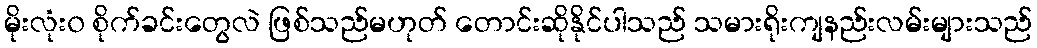
မိုးလုံး၀ စိုက်ခင်းတွေလဲ ဖြစ်သည်မဟုတ် တောင်းဆိုနိုင်ပါသည် သမားရိုးကျနည်းလမ်းများသည်